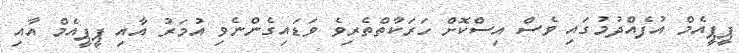
ޕީޕީއެމް އުފެއްދުމުގައި ވެސް އިސްކޮށް ހަރަކާތްތެރިވެ ވަޑައިގެންނެވި އުމަރު އާއި ޕީޕީއެމް އާއި